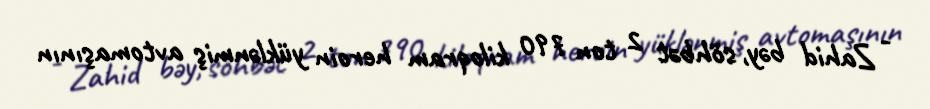
- Zahid bəy, söhbət 2 ton 790 kiloqram heroin yüklənmiş avtomaşının